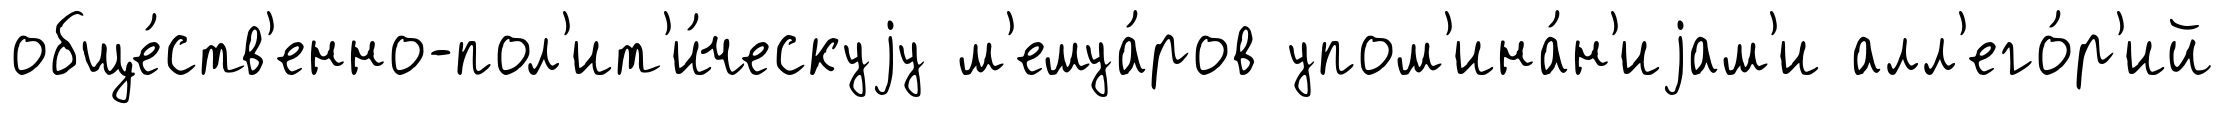
обще́ств'енно-пол'ит'и́ческуjу м'емуа́ров упом'ина́н'иjам'и алл'его́р'ий